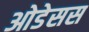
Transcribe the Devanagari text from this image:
ओडेसस